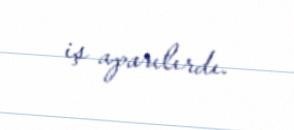
iş aparılırdı.